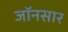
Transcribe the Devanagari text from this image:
जॉनसार